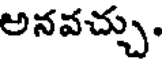
అనవచ్చు.